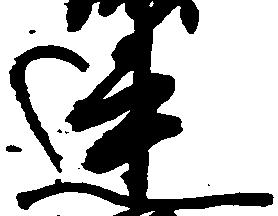
連